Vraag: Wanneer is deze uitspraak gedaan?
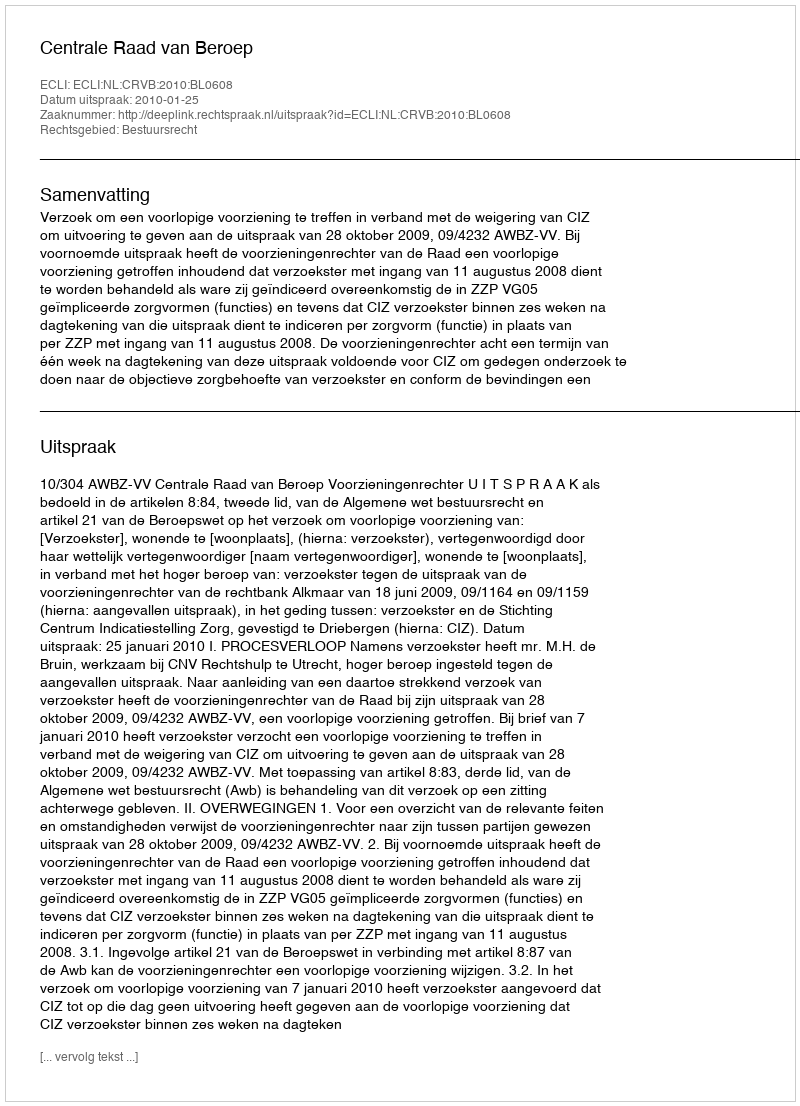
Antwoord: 2010-01-25